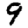
Digit: 9